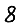
Digit: 8